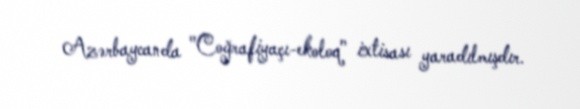
Azərbaycanda "Coğrafiyaçı-ekoloq" ixtisası yaradılmışdır.